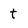
Character: t